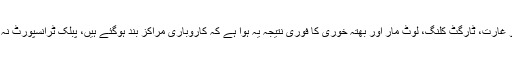
لاقانونیت سمیت قتل و غارت، ٹارگٹ کلنگ، لوٹ مار اور بھتہ خوری کا فوری نتیجہ یہ ہوا ہے کہ کاروباری مراکز بند ہوگئے ہیں، پبلک ٹرانسپورٹ نہ ہونے کے برابر ہے۔